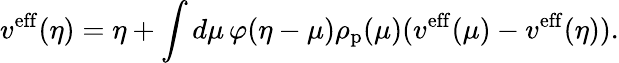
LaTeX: v^{\mathrm{eff}}(\eta)=\eta+\int d\mu\, \varphi(\eta-\mu)\rho_{\mathrm{p}}(\mu)(v^{\mathrm{eff}}(\mu)-v^{\mathrm{eff}}(\eta)).